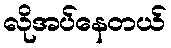
လိုအပ်နေတယ်